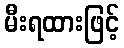
မီးရထားဖြင့်